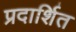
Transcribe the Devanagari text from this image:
प्रदार्शित